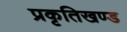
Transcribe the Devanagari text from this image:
प्रकृतिखण्ड